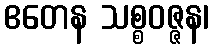
ဧတေန သစ္စဝဇ္ဇန၊